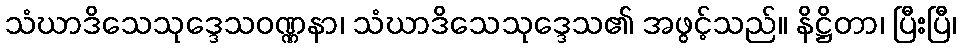
သံဃာဒိသေသုဒ္ဒေသဝဏ္ဏနာ၊ သံဃာဒိသေသုဒ္ဒေသ၏ အဖွင့်သည်။ နိဋ္ဌိတာ၊ ပြီးပြီ၊